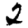
Digit: 2